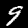
Digit: 9